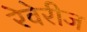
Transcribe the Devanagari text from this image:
रेवेरीज